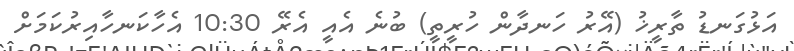
އަޅުގަނޑު ތާރީޚު (އޭރު ހަނދާން ހުރީތީ) ބުނެ އެއީ އެރޭ 10:30 އެހާކަނހާއިރުކަމަށް